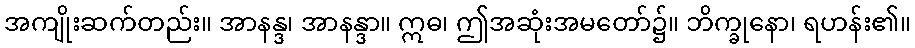
အကျိုးဆက်တည်း။ အာနန္ဒ၊ အာနန္ဒာ။ ဣဓ၊ ဤအဆုံးအမတော်၌။ ဘိက္ခုနော၊ ရဟန်း၏။